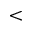
<